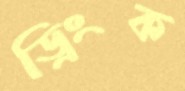
ড্রিংক